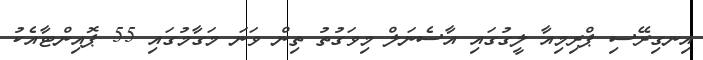
އިނގިރޭސި ޕްރިމިއާ ލީގުގައި އާސެނަލް މިވަގުތު ތިން ވަނަ މަގާމުގައި 55 ޕޮއިންޓާއެކު